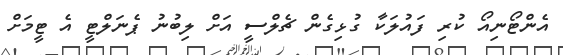
އެންޓޯނިއޯ ކުރި ފައުލަކާ ގުޅިގެން ޗެލްސީ އަށް ލިބުނު ޕެނަލްޓީ އެ ޓީމަށް